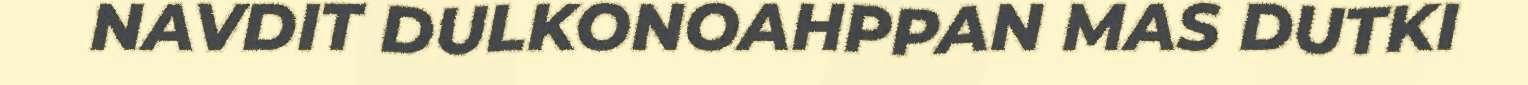
NAVDIT DULKONOAHPPAN MAS DUTKI